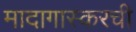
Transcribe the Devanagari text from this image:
मादागास्करची